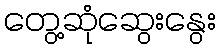
တွေ့ဆုံဆွေးနွေး